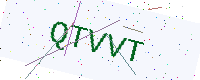
Text: QTVVT